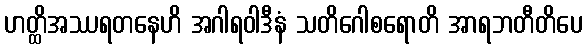
ဟတ္ထိအဿရတနေဟိ အဂါရဝါဒီနံ သတိဂေါစရောတိ အာရဘတီတိပေ